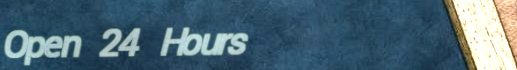
Open 24 Hours